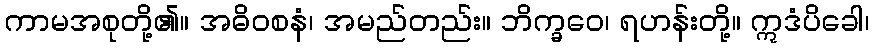
ကာမအစုတို့၏။ အဓိဝစနံ၊ အမည်တည်း။ ဘိက္ခဝေ၊ ရဟန်းတို့။ ဣဒံပိခေါ၊